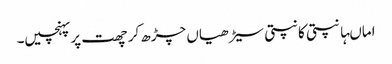
اماںہانپتی کانپتی سیڑھیاں چڑھ کر چھت پر پہنچیں۔